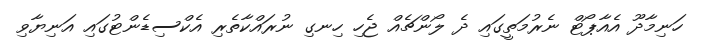
ހަނިމާދޫ އެއާޕޯޓް ނެރުމަތީގައި ދެ ލޯންޗެެއް ޖެހި ހިނގި ނުރައްކާތެރި އެކްސިޑެންޓުގައި އަނިޔާވި